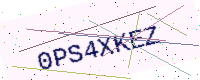
Text: 0PS4XKEZ